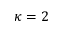
\kappa = 2